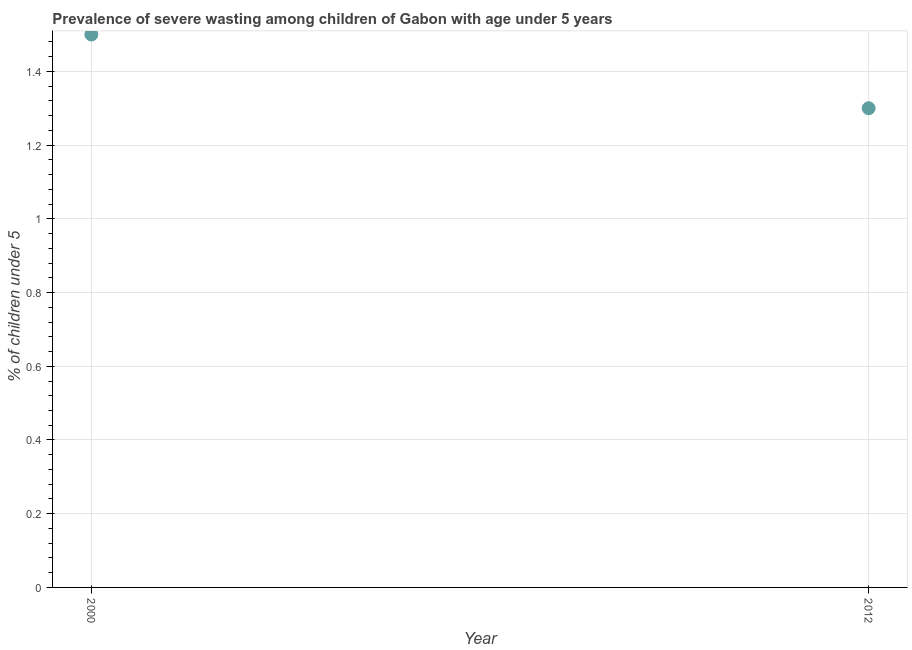
| Year | Prevalence of severe wasting |
 | --- | --- |
 | 2000 | 1.5 |
 | 2012 | 1.3 |